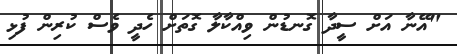
"އޭނާ އަށް ސީދާ ގޮނޑުން ވިއްކާލާ ގޮތަށް ހެދީ ވެސް ކުރިން ފުޅި